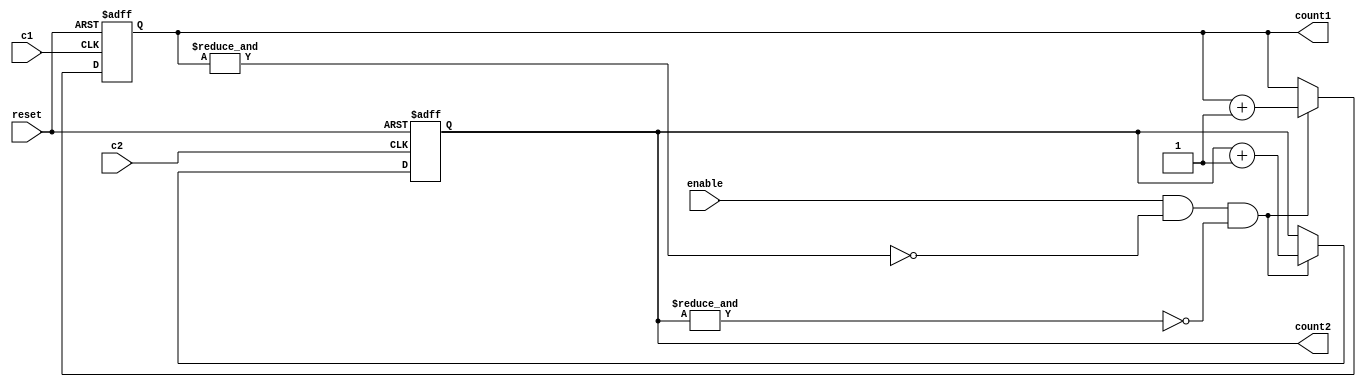
`timescale 1ns / 1ps
module cac2(
    input c2, c1,
    input enable , reset,
  output reg [127:0]count2 ,
  output reg [127:0]count1)  ;
    // initial begin count1=0;count2=0;end
	  
always@(posedge c2 or posedge reset)
begin
		if(reset)
		begin
			count2 <= 0;
		end	
					 
		else if(enable & !(&count1) & !(&count2))
		begin
			count2 <= count2 + 1;
		end	

end				

always@(posedge c1 or posedge reset)
begin
		if(reset)
		begin
			count1 <= 0;
		end	
					 
		else if(enable & !(&count1) & !(&count2))
		begin
			count1 <= count1 + 1;
		end	

end				

endmodule